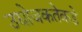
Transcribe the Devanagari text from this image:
उद्योजकतेकडे